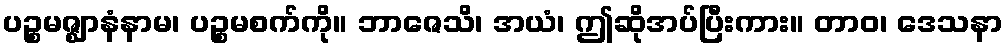
ပဉ္စမဇ္ဈာနံနာမ၊ ပဉ္စမစက်ကို။ ဘာဇေသိ၊ အယံ၊ ဤဆိုအပ်ပြီးကား။ တာဝ၊ ဒေသနာ